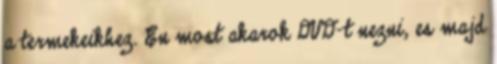
a termekeikhez. En most akarok DVD-t nezni, es majd